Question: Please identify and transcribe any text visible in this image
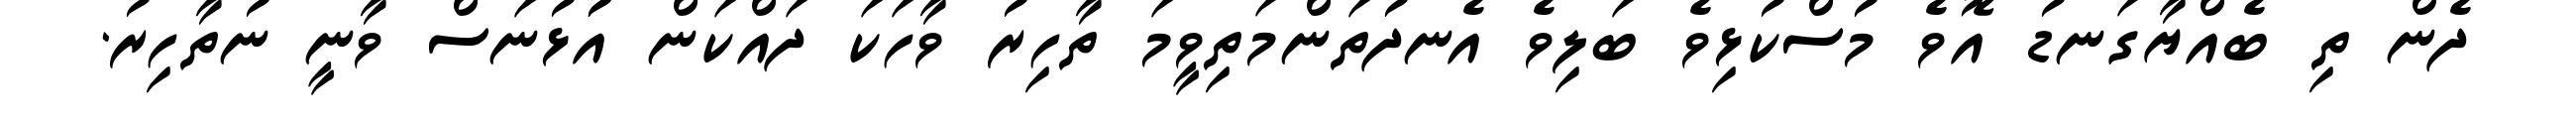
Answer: ދެން ތި ބެއްޔާގަނޑު އޮވެ މުސްކުޅިވެ ބަލިވެ އެނދުތަންމަތިވީމަ ތާހިރު ވާހަކަ ދައްކަން އުުޅުނަސް ވާނީ ނުތާހިރު.